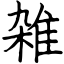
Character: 雑